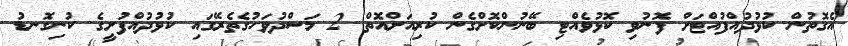
އެގޮތުން ކުޅުދުއްފުއްޓަށް ފޮނުވި ކޮޅުވެއްޓި ބޭނުންކޮށްގެން ކުރިއަށްއޮތް 2 މަސްދުވަހުގެތެރޭގައި ކުޅުދުއްފުށީގެ ކުނިގޮނޑު